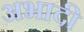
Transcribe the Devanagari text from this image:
अभादी